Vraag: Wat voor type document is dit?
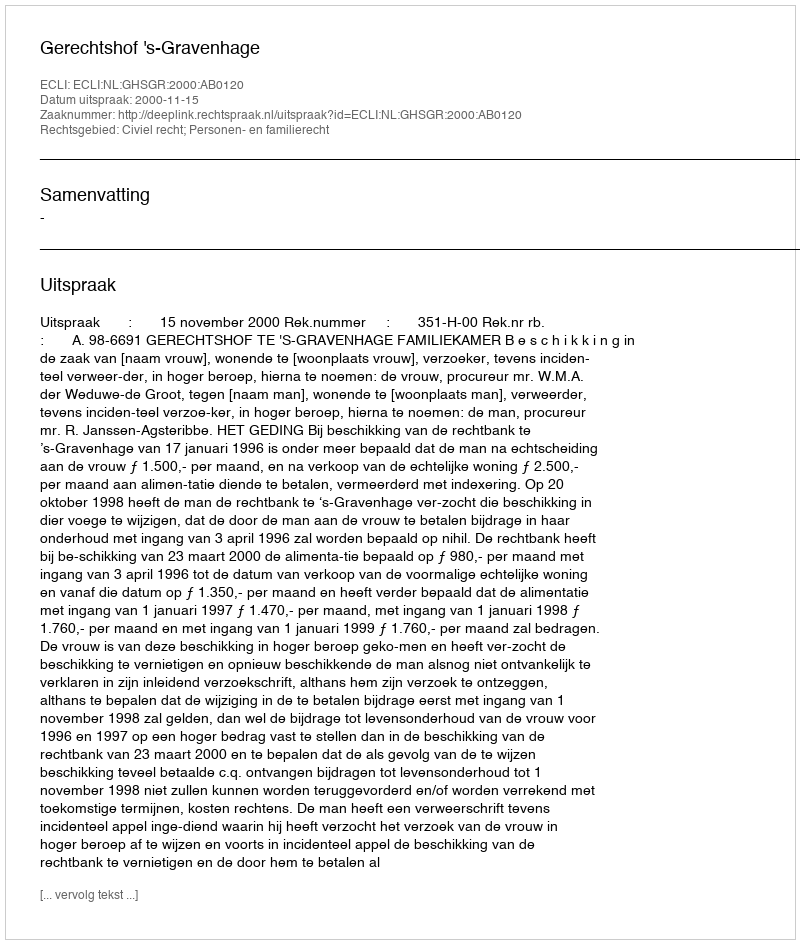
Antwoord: Uitspraak